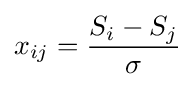
x_{ij}={\frac {S_{i}-S_{j}}{\sigma }}